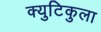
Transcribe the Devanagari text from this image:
क्युटिकुला